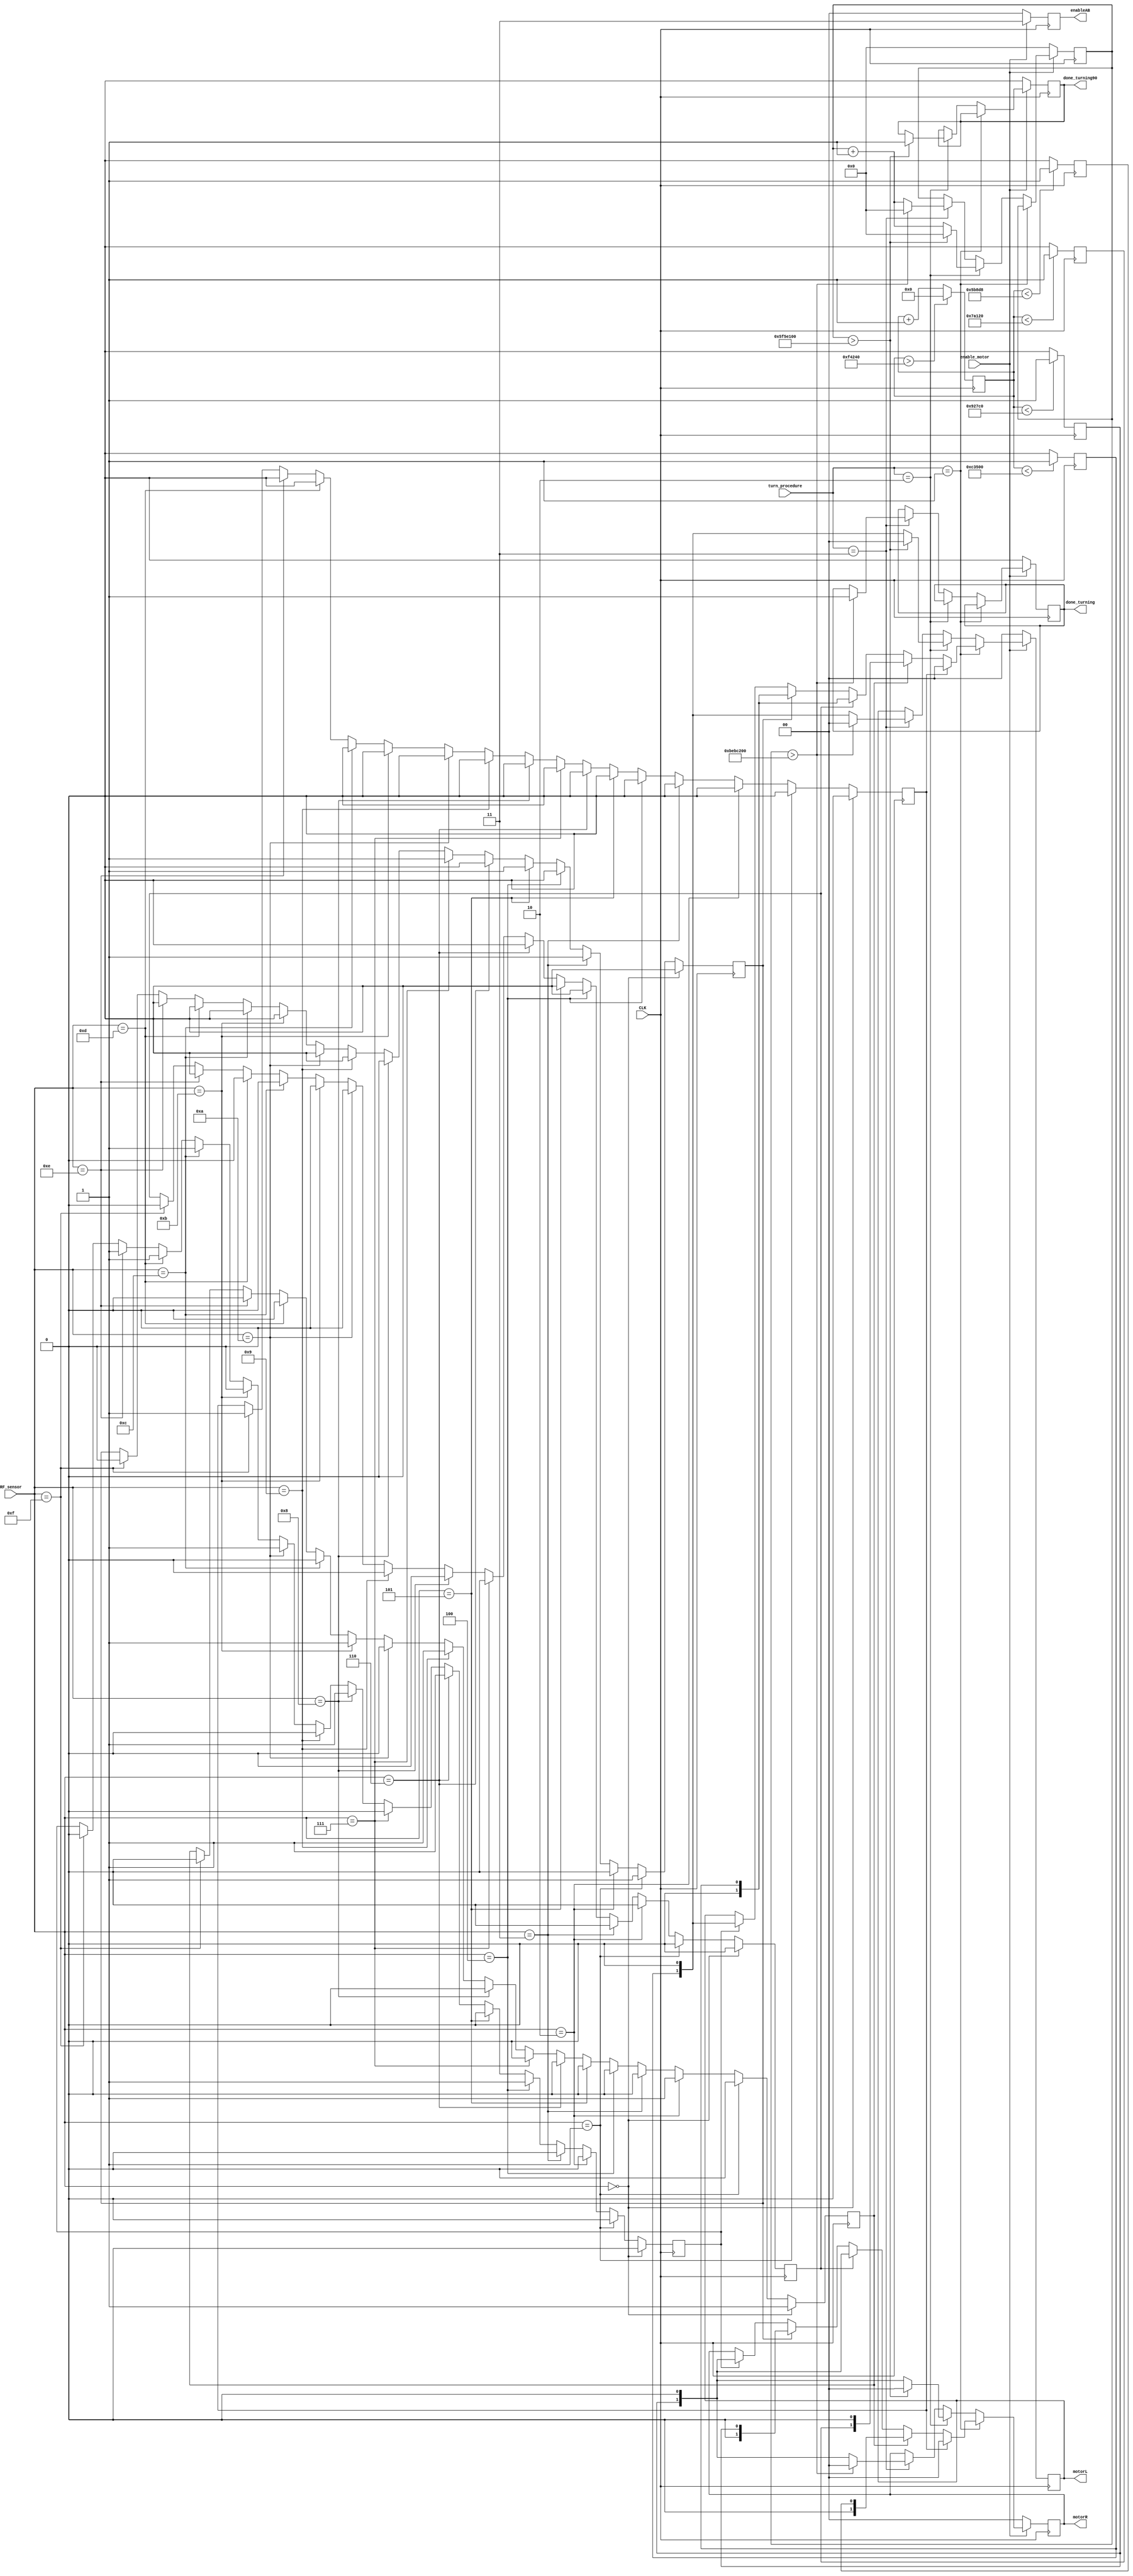
`timescale 1ns / 1ps

module rover_sensors(
    input CLK,
    input enable_motor,
    input [2:0] turn_procedure,
    input [3:0] RF_sensor,
    output reg [1:0] motorL,
    output reg [1:0] motorR,
    output reg [1:0] enableAB,
    output reg done_turning,
    output reg done_turning90
    //output reg PWM,
    //output reg PWM45
    //reg [19:0] width,
);

reg state_forward;
reg state_reverse;
reg state_turnL;
reg state_turnR;
reg state_brake;
reg PWM;
reg PWM45;
reg PWMf1;
reg PWMf2;
//reg PWM50;
reg [19:0] counter;
reg [29:0] turncount;
parameter max = 1_000_000; 
parameter oneeightydeg = 200_000_000;
parameter ninetydeg = 100_000_000;

wire [1:0] a0 = 0; //2'b00;
wire [1:0] a1; //2'b01;
wire [1:0] a2;  //2'b10;
wire [1:0] a3; //2'b11;

wire [1:0] a4; // a1 with 45%
wire [1:0] a5; // a2 with 45%

wire [1:0] a6;
wire [1:0] a7;



//assign a1 = {0, PWM};

   
initial begin
    motorL <= 0;
    motorR <= 0;
    counter <= 0;
    turncount <= 0;
    done_turning <= 0;
    done_turning90 <= 0;
    enableAB<=0;
    PWM<=0;
    PWM45<=0;
    //PWM50<=0;
end

assign a0 = {1'b0, 1'b0};
assign a1 = {1'b0, PWM};
assign a2 = {PWM, 1'b0};
assign a3 = {PWM, PWM};

assign a6 = {1'b0, PWMf2};
assign a7 = {PWMf1, 1'b0};

assign a4 = {1'b0, PWM45}; // a1 with 45%
assign a5 = {PWM45, 1'b0}; // a2 with 45%

always@(posedge CLK)               // This block creates the counter
    begin                           // and defines the PWM
    
        if (counter > max)
            counter <= 0;
        else
            counter <= counter + 1;   
        
        if (counter < 800000)
            PWM <= 1;               // Signal outputs 1 before reaching desired width
        else
            PWM <= 0;               // Signal outputs 0 after reaching desired width     
            
        if (counter < 600000)
            PWM45 <= 1;
        else
            PWM45 <= 0;
            
        if (counter < 500000)
            PWMf1 <= 1;               
        else
            PWMf1 <= 0; 
            
        if (counter < 375000)
            PWMf2 <= 1;
        else
            PWMf2 <= 0;
 end

always @ (posedge CLK)
    begin
    //counter <= counter + 1;
    
    if(RF_sensor == 0) // 0000 No sensors active
       begin
       state_forward <= 1;
       state_reverse <= 0;
       state_turnL   <= 0;
       state_turnR   <= 0;
       state_brake   <= 0;
    end
    
    else if(RF_sensor == 1) // 0001 Right sensor active
       begin
       state_forward <= 0;
       state_reverse <= 0;
       state_turnL   <= 1;
       state_turnR   <= 0;
       state_brake   <= 0;
    end
    
    else if(RF_sensor == 2) // 0010 Back sensor active
       begin
       state_forward <= 1;
       state_reverse <= 0;
       state_turnL   <= 0;
       state_turnR   <= 0;
       state_brake   <= 0;
    end
    
    else if(RF_sensor == 3) // 0011 Back and Right sensors active
       begin
       state_forward <= 0;
       state_reverse <= 0;
       state_turnL   <= 1;
       state_turnR   <= 0;
       state_brake   <= 0;
    end
     
    else if(RF_sensor == 4) // 0100 Front sensor active
       begin
       state_forward <= 0;
       state_reverse <= 0;
       state_turnL   <= 0;
       state_turnR   <= 1;
       state_brake   <= 0;
    end
    
    else if(RF_sensor == 5) // 0101 Front and Right sensors active
       begin
       state_forward <= 0;
       state_reverse <= 0;
       state_turnL   <= 1;
       state_turnR   <= 0;
       state_brake   <= 0;
    end
    
    else if(RF_sensor == 6) // 0110 Front and Back sensors active
       begin
       state_forward <= 0;
       state_reverse <= 0;
       state_turnL   <= 0;
       state_turnR   <= 1;
       state_brake   <= 0;
    end
    
    else if(RF_sensor == 7) // 0111 Front and Back and Right sensors active
       begin
       state_forward <= 0;
       state_reverse <= 0;
       state_turnL   <= 1;
       state_turnR   <= 0;
       state_brake   <= 0;
    end
    
    else if(RF_sensor == 8) // 1000 Left sensor active
       begin
       state_forward <= 0;
       state_reverse <= 0;
       state_turnL   <= 0;
       state_turnR   <= 1;
       state_brake   <= 0;
    end
    
    else if(RF_sensor == 9) // 1001 Left and Right sensors active
       begin
       state_forward <= 1;
       state_reverse <= 0;
       state_turnL   <= 0;
       state_turnR   <= 0;
       state_brake   <= 0;
    end
    
    else if(RF_sensor == 10) // 1010 Left and Back sensors active
       begin
       state_forward <= 0;
       state_reverse <= 0;
       state_turnL   <= 0;
       state_turnR   <= 1;
       state_brake   <= 0;
    end
    
    else if(RF_sensor == 11) // 1011 Left and Back and Right sensors active
       begin
       state_forward <= 1;
       state_reverse <= 0;
       state_turnL   <= 0;
       state_turnR   <= 0;
       state_brake   <= 0;
    end
    
    else if(RF_sensor == 12) // 1100 Left and Front sensors active
       begin
       state_forward <= 0;
       state_reverse <= 0;
       state_turnL   <= 0;
       state_turnR   <= 1;
       state_brake   <= 0;
    end
    
    else if(RF_sensor == 13) // 1101 Left and Front and Right sensors active
       begin
       state_forward <= 0;
       state_reverse <= 0;
       state_turnL   <= 0;
       state_turnR   <= 1;
       state_brake   <= 0;
    end
    
    else if(RF_sensor == 14) // 1110 Left and Front and Back sensors active
       begin
       state_forward <= 0;
       state_reverse <= 0;
       state_turnL   <= 0;
       state_turnR   <= 1;
       state_brake   <= 0;
    end
    
    else if(RF_sensor == 15) // 1111 All sensors active
       begin                 //Brake and pray no one hits us
       state_forward <= 0;
       state_reverse <= 0;
       state_turnL   <= 0;
       state_turnR   <= 0;
       state_brake   <= 1;
    end
end

always @ (posedge CLK)
begin
    if (enable_motor==1) begin
            enableAB <= 2'b11;
        if (turn_procedure==1) begin        
            if (state_brake == 1) begin//brake
                motorL <= a0; motorR <= a0;
            end
            else if (state_forward == 1) begin //forward
                motorL <= a7; motorR <= a6;
            end
            else if (state_reverse == 1) begin//reverse
                motorL <= a1; motorR <= a5;
            end
            else if (state_turnL == 1)begin //turn left
                motorL <= a1; motorR <= a4;
            end
            else if (state_turnR == 1) begin //turn right
                motorL <= a2; motorR <= a5;
            end
        end 
        
        else if(turn_procedure == 2) begin// Turn right 90
            turncount <= 0;
            motorL <= a2;
            motorR <= a5;
            if(turncount > ninetydeg)begin
                turncount <= 0;
                {motorL,motorR}<=2'b0;
                done_turning90 <= 1;
            end
            else
                turncount <= turncount + 1;
        end
        
        else if(turn_procedure == 3) begin // Turn right 180
            turncount <= 0;
            motorL <= a2;
            motorR <= a5;           
            if(turncount > oneeightydeg) begin
                turncount <= 0;
                {motorL,motorR}<=2'b0;
                done_turning <= 1;
            end 
            else
                turncount <= turncount + 1;
        end
        
//        else begin
//            {motorL,motorR,enableAB}<=2'b0; done_turning<=0;
//        end
    end
    else begin
            {motorL, motorR, enableAB, done_turning,done_turning90, turncount}<=0;
    end  
end

endmodule